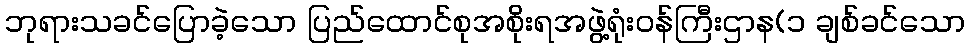
ဘုရားသခင်ပြောခဲ့သော ပြည်ထောင်စုအစိုးရအဖွဲ့ရုံးဝန်ကြီးဌာန(၁ ချစ်ခင်သော